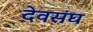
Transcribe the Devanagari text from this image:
देवसंघ